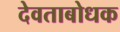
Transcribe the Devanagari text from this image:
देवताबोधक